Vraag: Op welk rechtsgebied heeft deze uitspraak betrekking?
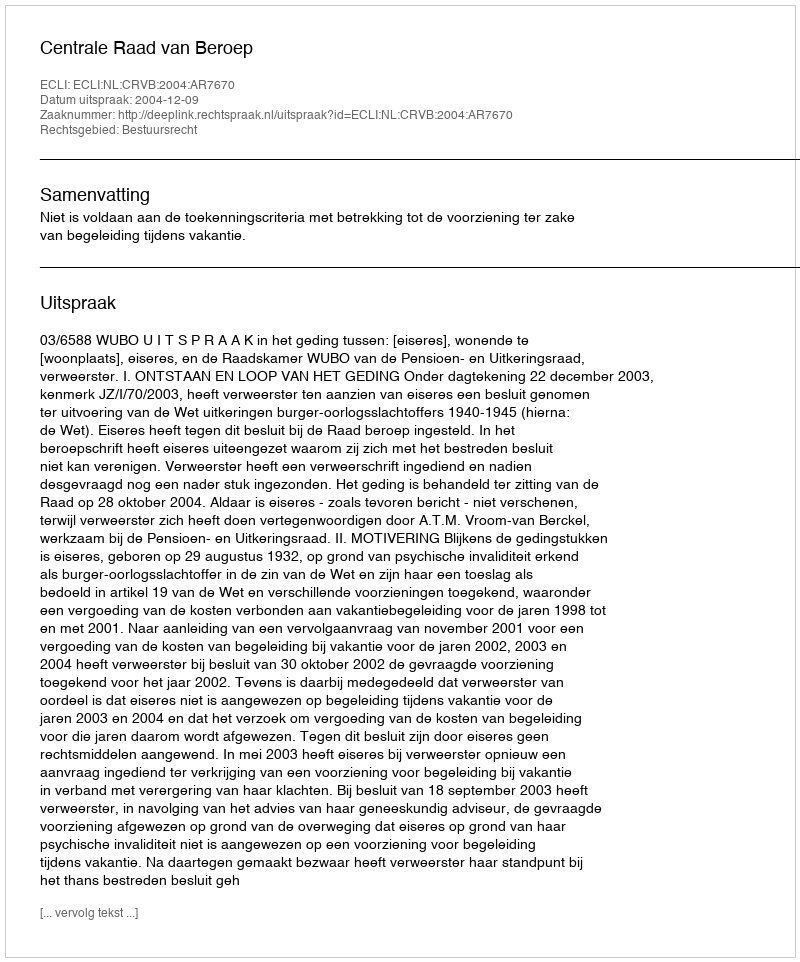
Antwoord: Bestuursrecht